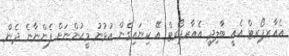
އެއާރޕޯރޓް އެއީ ބާލިދީ އެއާރޕޯރޓް އޭ ކިޔައިގެން އުޅުނު މީޙުންނަށް ފެންނާނެ ދެން